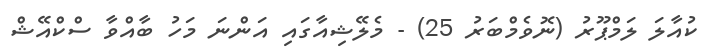
ކުއާލަ ލަމްޕޫރު (ނޮވެމްބަރު 25) - މެލޭޝިއާގައި އަންނަ މަހު ބާއްވާ ސްކްއޭޝް